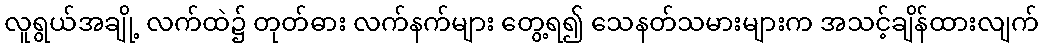
လူရွယ်အချို့ လက်ထဲ၌ တုတ်ဓား လက်နက်များ တွေ့ရ၍ သေနတ်သမားများက အသင့်ချိန်ထားလျက်